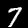
Label: 7